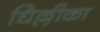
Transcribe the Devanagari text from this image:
धिल्लीका